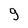
Character: 9